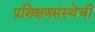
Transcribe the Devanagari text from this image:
प्रशिक्षणसंस्थेची